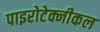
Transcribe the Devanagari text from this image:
पाइरोटेक्नीकल